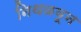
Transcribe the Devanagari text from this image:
निथळवून